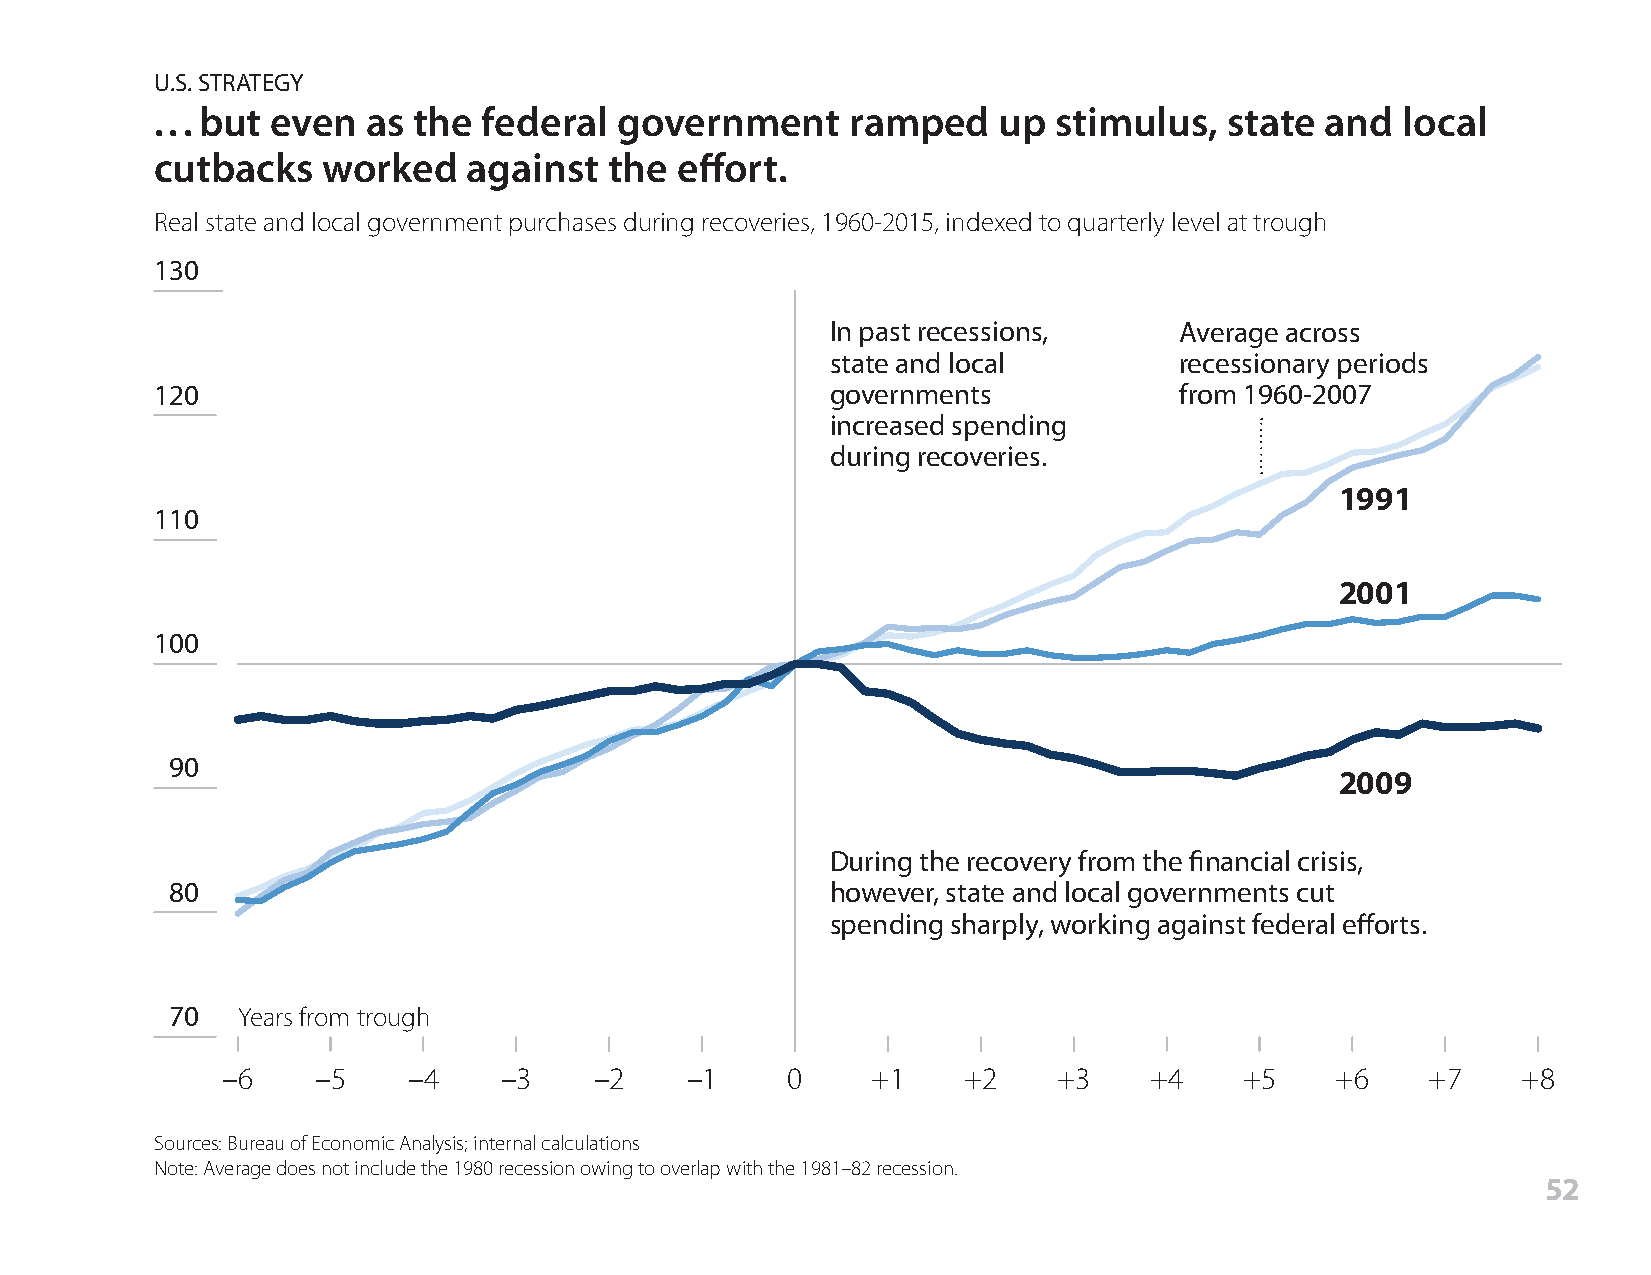
U.S. STRATEGY
 . . . but even as the federal  government     ramped    up  stimulus,  state  and  local
 cutbacks   worked    against  the  effort.
 Real state and local government purchases during recoveries, 1960-2015, indexed to quarterly level at trough
 130
 In past recessions,    Average across
 state and local        recessionary periods
 120                                          governments            from 1960-2007
 increased spending
 during recoveries.
 1991
 110
 2001
 100
 90
 2009
 During the recovery from the financial crisis,
 80                                          however, state and local governments cut
 spending sharply, working against federal efforts.
 70   Years from trough
 –6    –5    –4    –3    –2    –1     0     +1    +2    +3    +4    +5    +6     +7    +8
 Sources: Bureau of Economic Analysis; internal calculations
 Note: Average does not include the 1980 recession owing to overlap with the 1981–82 recession.
 52